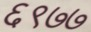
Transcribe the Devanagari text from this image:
६९७७